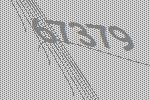
67379